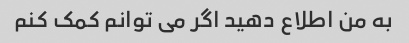
به من اطلاع دهید اگر می توانم کمک کنم